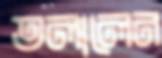
তলালেন